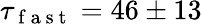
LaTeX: \tau_{\mathrm{~f~a~s~t~}}=46\pm 13